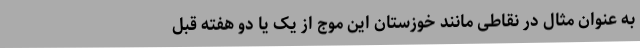
به عنوان مثال در نقاطی مانند خوزستان این موج از یک یا دو هفته قبل